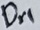
Text: Dr1